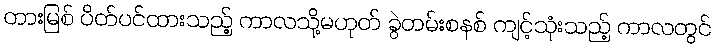
တားမြစ် ပိတ်ပင်ထားသည့် ကာလသို့မဟုတ် ခွဲတမ်းစနစ် ကျင့်သုံးသည့် ကာလတွင်